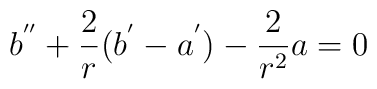
b^{''}+\frac{2}{r}(b^{'}-a^{'})-\frac{2}{r^2}a=0